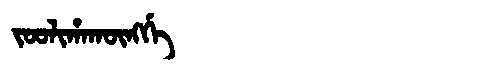
Manchu: ᠵᠣᠣᠯᡳᡥᠠᡴᡡᠩᡤᡝ
Romanization: JOOLIHAKŪNGGE